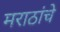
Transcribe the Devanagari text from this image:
मराठांचे